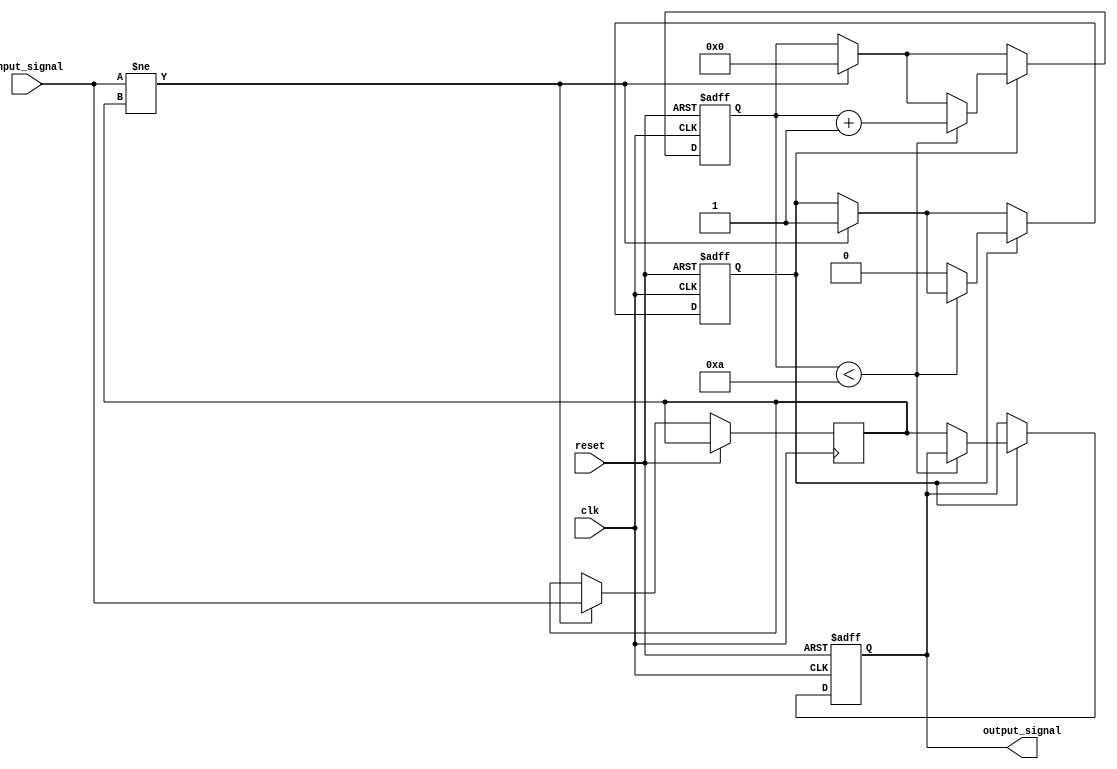
module Delay #(parameter DELAY_DURATION = 10) (
    input wire clk,      // Clock signal
    input wire reset,    // Reset signal
    input wire input_signal, // Signal to be delayed
    output reg output_signal // Delayed output signal
);

    reg input_signal_d;  // Register for storing the delayed input signal
    reg [31:0] delay_counter; // Counter for managing the delay timing
    reg delay_active; // Flag to indicate if delay is active

    always @(posedge clk or posedge reset) begin
        if (reset) begin
            // On reset, clear outputs and counters
            output_signal <= 1'b0;
            delay_counter <= 32'd0;
            delay_active <= 1'b0;
        end else begin
            if (input_signal != input_signal_d) begin
                // Input signal has changed, initiate delay
                input_signal_d <= input_signal; // Store the current input state
                delay_counter <= 32'd0; // Reset counter
                delay_active <= 1'b1; // Start the delay
            end

            if (delay_active) begin
                // If delay is active, count until the delay duration
                if (delay_counter < DELAY_DURATION) begin
                    delay_counter <= delay_counter + 1; // Increment counter
                end else begin
                    // Delay duration completed, update output signal
                    output_signal <= input_signal_d; // Assign delayed input state
                    delay_active <= 1'b0; // Disable delay
                end
            end
        end
    end
endmodule